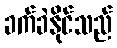
ခက်ခဲနိုင်သည်